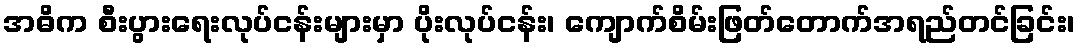
အဓိက စီးပွားရေးလုပ်ငန်းများမှာ ပိုးလုပ်ငန်း၊ ကျောက်စိမ်းဖြတ်တောက်အရည်တင်ခြင်း၊